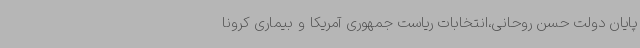
پایان دولت حسن روحانی،انتخابات ریاست جمهوری آمریکا و بیماری کرونا